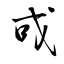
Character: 戓